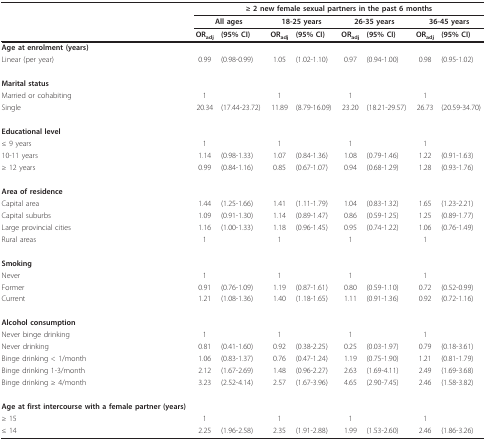
<table><thead><tr><td></td><td colspan="8"><b>≥ 2 new female sexual partners in the past 6 months</b></td></tr><tr><td></td><td colspan="2"><b>All ages</b></td><td colspan="2"><b>18-25 years</b></td><td colspan="2"><b>26-35 years</b></td><td colspan="2"><b>36-45 years</b></td></tr><tr><td></td><td><b>OR<sub>adj</sub></b></td><td><b>(95% CI)</b></td><td><b>OR<sub>adj</sub></b></td><td><b>(95% CI)</b></td><td><b>OR<sub>adj</sub></b></td><td><b>(95% CI)</b></td><td><b>OR<sub>adj</sub></b></td><td><b>(95% CI)</b></td></tr></thead><tbody><tr><td><b>Age at enrolment (years)</b></td><td></td><td></td><td></td><td></td><td></td><td></td><td></td><td></td></tr><tr><td>Linear (per year)</td><td>0.99</td><td>(0.98-0.99)</td><td>1.05</td><td>(1.02-1.10)</td><td>0.97</td><td>(0.94-1.00)</td><td>0.98</td><td>(0.95-1.02)</td></tr><tr><td><b>Marital status</b></td><td></td><td></td><td></td><td></td><td></td><td></td><td></td><td></td></tr><tr><td>Married or cohabiting</td><td>1</td><td></td><td>1</td><td></td><td>1</td><td></td><td>1</td><td></td></tr><tr><td>Single</td><td>20.34</td><td>(17.44-23.72)</td><td>11.89</td><td>(8.79-16.09)</td><td>23.20</td><td>(18.21-29.57)</td><td>26.73</td><td>(20.59-34.70)</td></tr><tr><td><b>Educational level</b></td><td></td><td></td><td></td><td></td><td></td><td></td><td></td><td></td></tr><tr><td>≤ 9 years</td><td>1</td><td></td><td>1</td><td></td><td>1</td><td></td><td>1</td><td></td></tr><tr><td>10-11 years</td><td>1.14</td><td>(0.98-1.33)</td><td>1.07</td><td>(0.84-1.36)</td><td>1.08</td><td>(0.79-1.46)</td><td>1.22</td><td>(0.91-1.63)</td></tr><tr><td>≥ 12 years</td><td>0.99</td><td>(0.84-1.16)</td><td>0.85</td><td>(0.67-1.07)</td><td>0.94</td><td>(0.68-1.29)</td><td>1.28</td><td>(0.93-1.76)</td></tr><tr><td><b>Area of residence</b></td><td></td><td></td><td></td><td></td><td></td><td></td><td></td><td></td></tr><tr><td>Capital area</td><td>1.44</td><td>(1.25-1.66)</td><td>1.41</td><td>(1.11-1.79)</td><td>1.04</td><td>(0.83-1.32)</td><td>1.65</td><td>(1.23-2.21)</td></tr><tr><td>Capital suburbs</td><td>1.09</td><td>(0.91-1.30)</td><td>1.14</td><td>(0.89-1.47)</td><td>0.86</td><td>(0.59-1.25)</td><td>1.25</td><td>(0.89-1.77)</td></tr><tr><td>Large provincial cities</td><td>1.16</td><td>(1.00-1.33)</td><td>1.18</td><td>(0.96-1.45)</td><td>0.95</td><td>(0.74-1.22)</td><td>1.06</td><td>(0.76-1.49)</td></tr><tr><td>Rural areas</td><td>1</td><td></td><td>1</td><td></td><td>1</td><td></td><td>1</td><td></td></tr><tr><td><b>Smoking</b></td><td></td><td></td><td></td><td></td><td></td><td></td><td></td><td></td></tr><tr><td>Never</td><td>1</td><td></td><td>1</td><td></td><td>1</td><td></td><td>1</td><td></td></tr><tr><td>Former</td><td>0.91</td><td>(0.76-1.09)</td><td>1.19</td><td>(0.87-1.61)</td><td>0.80</td><td>(0.59-1.10)</td><td>0.72</td><td>(0.52-0.99)</td></tr><tr><td>Current</td><td>1.21</td><td>(1.08-1.36)</td><td>1.40</td><td>(1.18-1.65)</td><td>1.11</td><td>(0.91-1.36)</td><td>0.92</td><td>(0.72-1.16)</td></tr><tr><td><b>Alcohol consumption</b></td><td></td><td></td><td></td><td></td><td></td><td></td><td></td><td></td></tr><tr><td>Never binge drinking</td><td>1</td><td></td><td>1</td><td></td><td>1</td><td></td><td>1</td><td></td></tr><tr><td>Never drinking</td><td>0.81</td><td>(0.41-1.60)</td><td>0.92</td><td>(0.38-2.25)</td><td>0.25</td><td>(0.03-1.97)</td><td>0.79</td><td>(0.18-3.61)</td></tr><tr><td>Binge drinking &lt; 1/month</td><td>1.06</td><td>(0.83-1.37)</td><td>0.76</td><td>(0.47-1.24)</td><td>1.19</td><td>(0.75-1.90)</td><td>1.21</td><td>(0.81-1.79)</td></tr><tr><td>Binge drinking 1-3/month</td><td>2.12</td><td>(1.67-2.69)</td><td>1.48</td><td>(0.96-2.27)</td><td>2.63</td><td>(1.69-4.11)</td><td>2.49</td><td>(1.69-3.68)</td></tr><tr><td>Binge drinking ≥ 4/month</td><td>3.23</td><td>(2.52-4.14)</td><td>2.57</td><td>(1.67-3.96)</td><td>4.65</td><td>(2.90-7.45)</td><td>2.46</td><td>(1.58-3.82)</td></tr><tr><td><b>Age at first intercourse with a female partner (years)</b></td><td></td><td></td><td></td><td></td><td></td><td></td><td></td><td></td></tr><tr><td>≥ 15</td><td>1</td><td></td><td>1</td><td></td><td>1</td><td></td><td>1</td><td></td></tr><tr><td>≤ 14</td><td>2.25</td><td>(1.96-2.58)</td><td>2.35</td><td>(1.91-2.88)</td><td>1.99</td><td>(1.53-2.60)</td><td>2.46</td><td>(1.86-3.26)</td></tr></tbody></table>